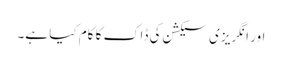
اور انگریزی سیکشن کی ڈاک کا کام کیا ہے۔